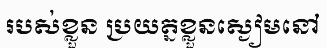
របស់ខ្លួន ប្រយត្នខ្លួនស្ងៀមនៅ